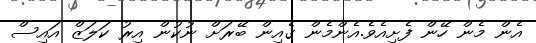
އެން މެން ހޭން ފެށިއެވެ.އެންމެން ގެއިން ބޭރަށް ނުކުން އިރު ކަލަޒް އައިސް